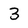
Character: 3